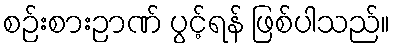
စဉ်းစားဉာဏ် ပွင့်ရန် ဖြစ်ပါသည်။